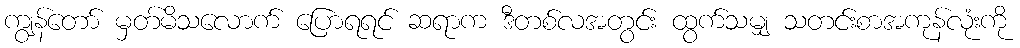
ကျွန်တော် မှတ်မိသလောက် ပြောရရင် ဆရာက ဒီတစ်လအတွင်း ထွက်သမျှ သတင်းစာအကုန်လုံးကို